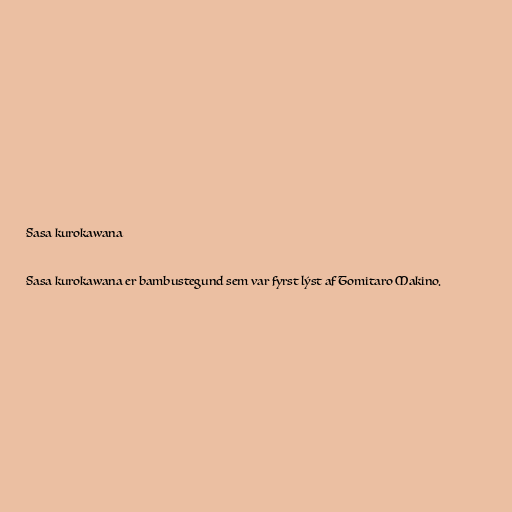
Sasa kurokawana

Sasa kurokawana er bambustegund sem var fyrst lýst af Tomitaro Makino.